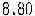
8.80